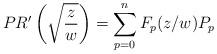
LaTeX: \begin{align*}PR'\left(\sqrt{z\over w}\right) =\sum\limits_{p=0}^{n}F_p(z/w)P_{p}\end{align*}